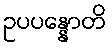
ဥပပန္နောတိ